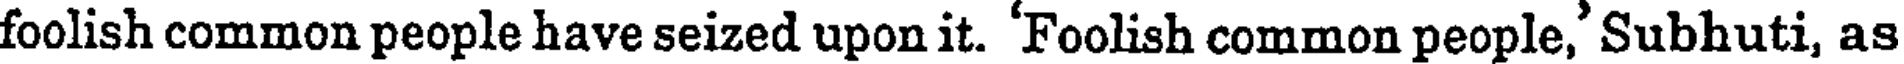
foolish common people have seized upon it. 'Foolish common people,' Subhuti, as